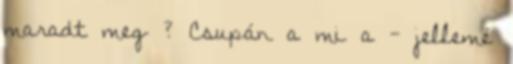
maradt meg ? Csupán a mi a - jellemé